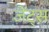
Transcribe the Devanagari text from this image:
जेंट्स